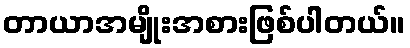
တာယာအမျိုးအစားဖြစ်ပါတယ်။